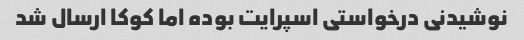
نوشیدنی درخواستی اسپرایت بوده اما کوکا ارسال شد